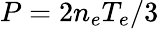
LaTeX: P=2n_{e}T_{e}/3